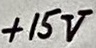
Text: +15V